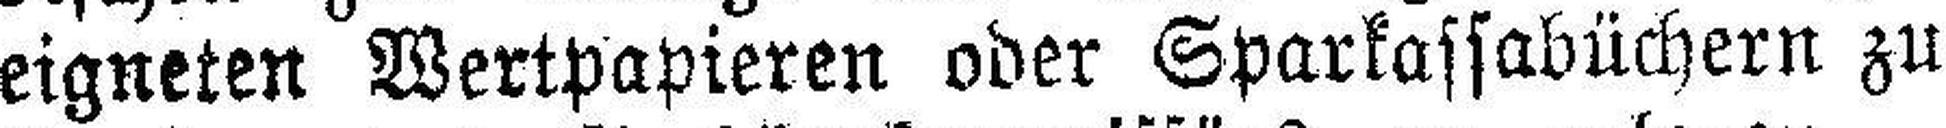
eigneten Wertpapieren oder Sparkassabüchern zu